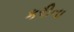
કરીના